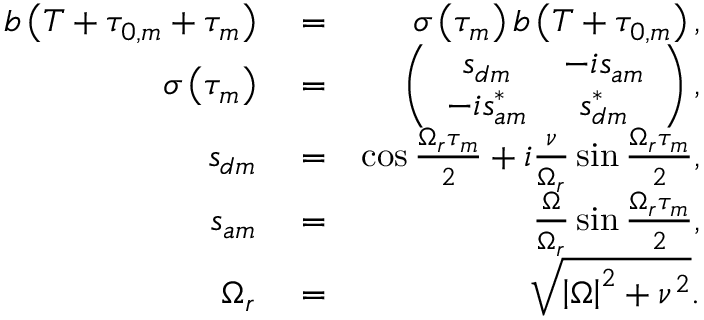
\begin{array} { r l r } { b \left( T + \tau _ { 0 , m } + \tau _ { m } \right) } & { { } = } & { \sigma \left( \tau _ { m } \right) b \left( T + \tau _ { 0 , m } \right) , } \\ { \sigma \left( \tau _ { m } \right) } & { { } = } & { \left( \begin{array} { c c } { s _ { d m } } & { - i s _ { a m } } \\ { - i s _ { a m } ^ { \ast } } & { s _ { d m } ^ { \ast } } \end{array} \right) , } \\ { s _ { d m } } & { { } = } & { \cos \frac { \Omega _ { r } \tau _ { m } } { 2 } + i \frac { \nu } { \Omega _ { r } } \sin \frac { \Omega _ { r } \tau _ { m } } { 2 } , } \\ { s _ { a m } } & { { } = } & { \frac { \Omega } { \Omega _ { r } } \sin \frac { \Omega _ { r } \tau _ { m } } { 2 } , } \\ { \Omega _ { r } } & { { } = } & { \sqrt { \left\vert \Omega \right\vert ^ { 2 } + \nu ^ { 2 } } . } \end{array}